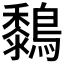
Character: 𪆜